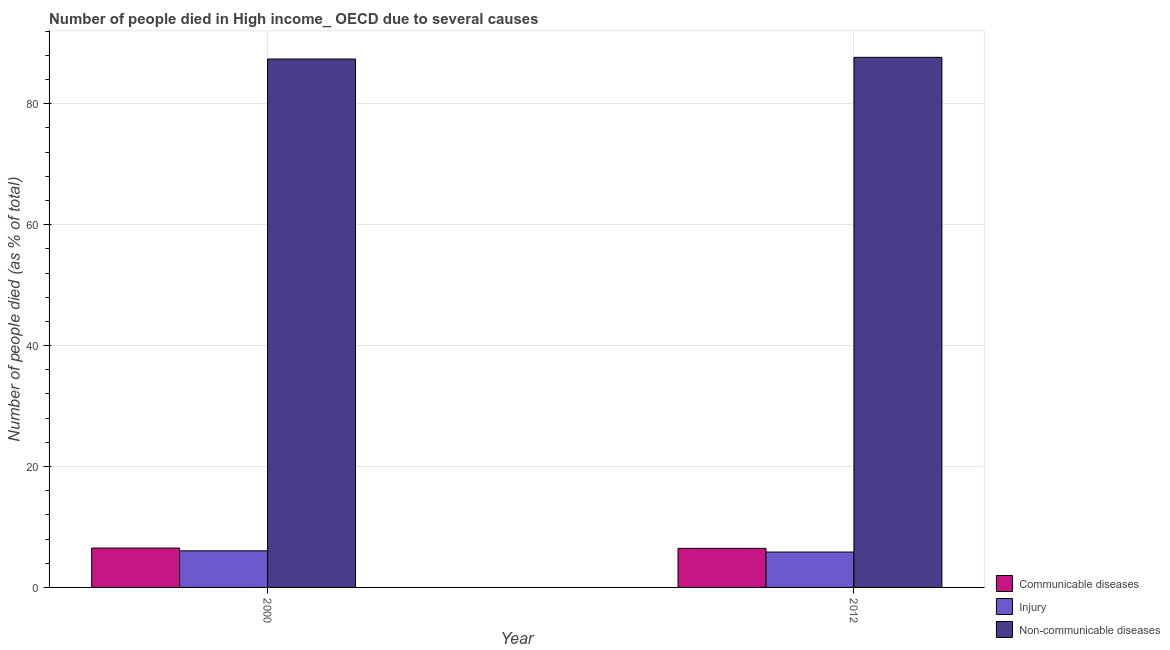
| Year | Communicable diseases | Injury | Non-communicable diseases |
 | --- | --- | --- | --- |
 | 2000 | 6.51 | 6.05 | 87.4 |
 | 2012 | 6.46 | 5.85 | 87.7 |